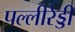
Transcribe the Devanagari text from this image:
पल्लीरेड्डी